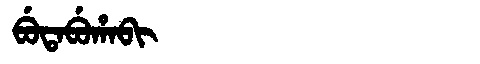
Manchu: ᠪᡠᡨᠠᠪᡠᡥᠠᠪᡳ
Romanization: BUTABUHABI